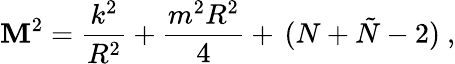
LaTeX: \mathbf{M}^{2}=\frac{{k^{2}}}{{R^{2}}}+\frac{{m^{2}R^{2}}}{{4}}+\, (N+\tilde{{N}}-2)\ ,